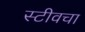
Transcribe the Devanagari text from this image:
स्टीवचा